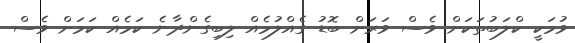
ވުމަކީ ކްލަބުތަކަށް ވެސް ވަރަށް ބޮޑު ގެއްލުމެއް ލިބިގެންދާނެ ކަމެއް ކަަމަށް ވެސް